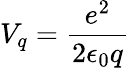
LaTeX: V_{q}=\frac{e^{2}}{2\epsilon_{0}q}